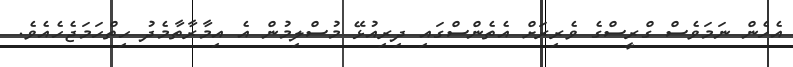
އެހެން ނަމަވެސް ގްރީސްގެ ވެރިރަށް އެތެންސްގައި ދިރިއުޅޭ މުސްލިމުން އެ އިމާރާތާމެދު ހިތްހަމަޖެހެއެވެ.